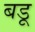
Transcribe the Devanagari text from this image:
बडू